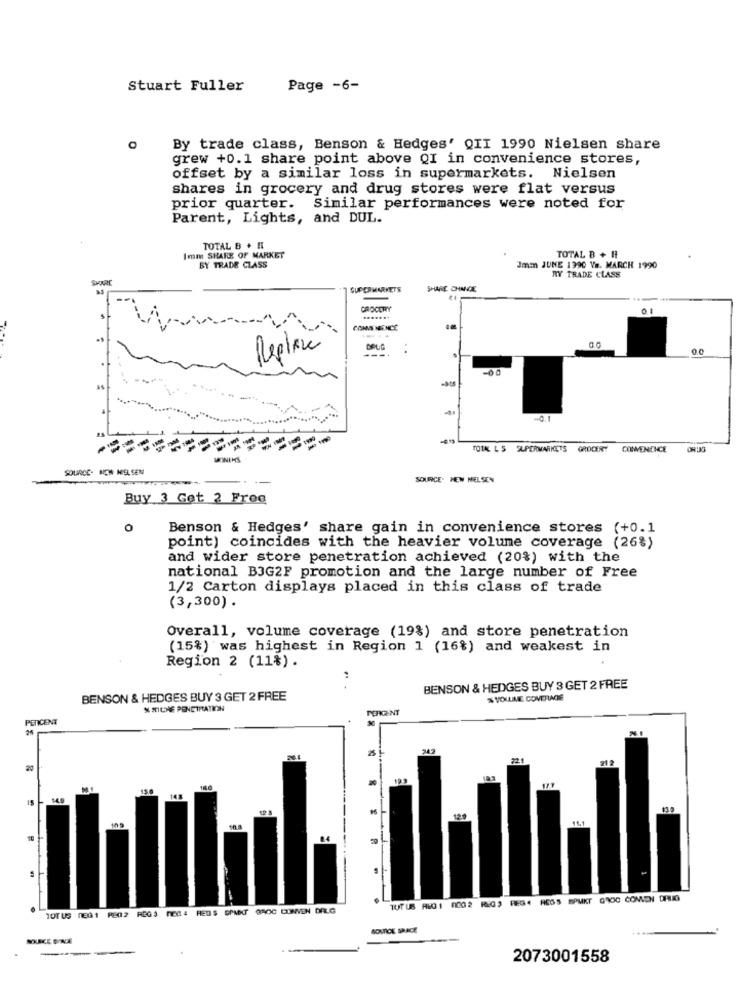
Stuart Fuller
Page -6-
By trade class, Benson & Hedges' QII 1990 Nielsen share
grew +0.1 share point above QI in convenience stores,
offset by a similar loss in supermarkets.
Nielsen
shares in grocery and drug stores were flat versus
prior quarter.
Similar performances were noted for
Parent, Lights, and DUL.
TOTAL B + H
Imm SHARE OF MARKET
TOTAL B + H
BY TRADE CLASS
Imm JUNE 1990 Vs. MARCH 1990
RY TRADE CLASS
SUPERMARKETS
SHARE CHANCE
GROCERY
0.1
CONS MIENCE
Replace
---
DOUG
0.0
TOTAL L S SUPERMARKETS GROCERY
CONVENIENCE
MINIHS
SOURCE- NEW NIELSEN
SOURCE. MEN MELSEN
Buy 3 Get 2 Free
Benson & Hedges' share gain in convenience stores (+0.1
point) coincides with the heavier volume coverage (26%)
and wider store penetration achieved (20%) with the
national B3G2F promotion and the large number of Free
1/2 Carton displays placed in this class of trade
(3,300) .
Overall, volume coverage (19%) and store penetration
(15%) was highest in Region 1 (16%) and weakest in
Region 2 (11%).
BENSON & HEDGES BUY 3 GET 2 FREE
BENSON & HEDGES BUY 3 GET 2 FREE
% VOLUME COVERAGE
N SICHE PENETRATION
PERICENT
942
721
20
TUT US ALG 1 0002 REGS REG. HESS SPUKT GROG COMON DRUGS
TOTUS MEG1 FE02 REG$ ME04 HEDS GPMKT
BROC CONVEN DELG
SOURCE SPACE
2073001558